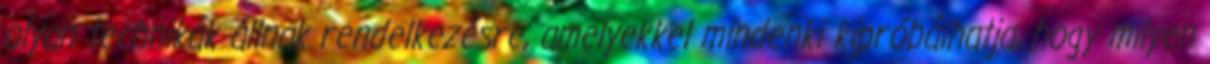
olyan technikák állnak rendelkezésre, amelyekkel mindenki kipróbálhatja, hogy milyen